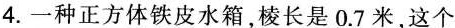
4.一种正方体铁皮水箱，棱长是0.7米，这个